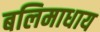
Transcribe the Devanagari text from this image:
बलिमाधाय